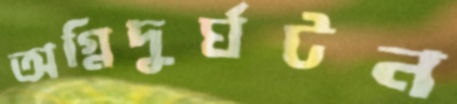
অগ্নিদুর্ঘটন